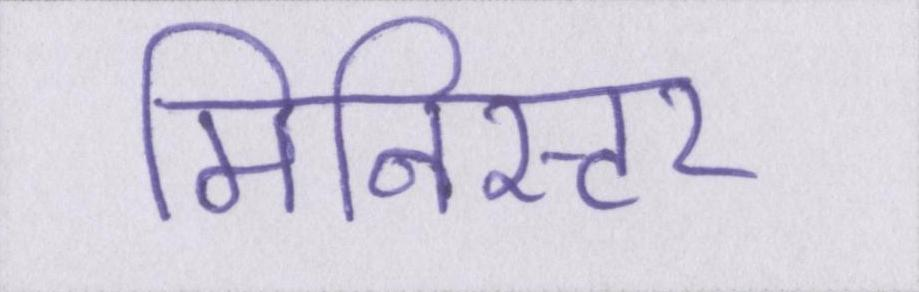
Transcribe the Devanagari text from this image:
मिनिस्टर